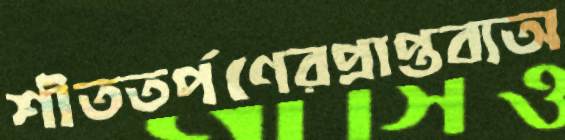
শীততর্পণেরপ্রাপ্তব্যঅ